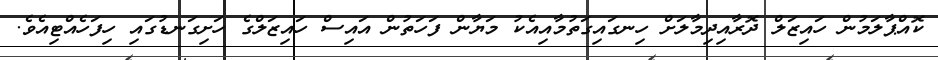
ކޮއްޕާލަމުން ހައިޒަލް ދޮރާއިދިމާލަށް ހިނގައިގަތުމާއިއެކު މަޔާން ފަހަތުން އައިސް ހައިޒަލްގެ ހަށިގަނޑުގައި ހިފަހެއްޓިއެވެ.